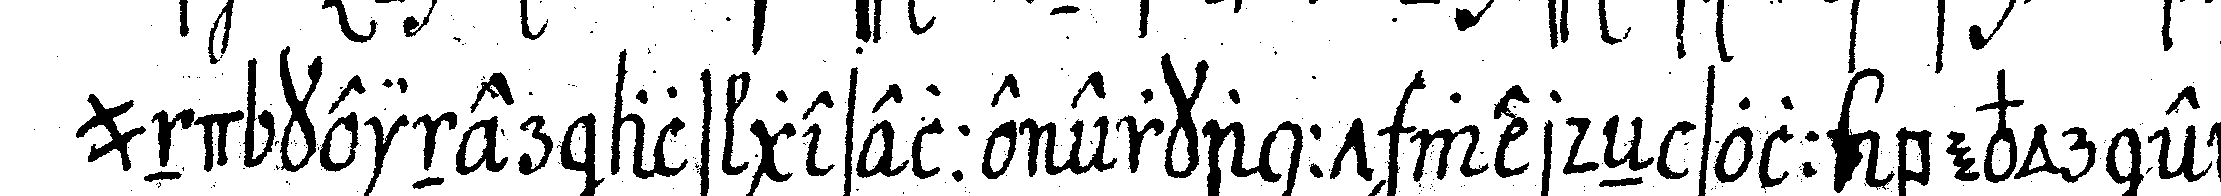
und keiner als geselle erkannt werdeN soll bevor er